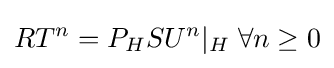
RT^{n}=P_{H}SU^{n}\vert _{H}\;\forall n\geq 0